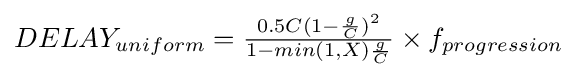
{\textstyle DELAY_{uniform}={\frac {0.5C(1-{\frac {g}{C}})^{2}}{1-min(1,X){\frac {g}{C}}}}\times f_{progression}}